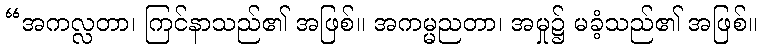
“အကလ္လတာ၊ ကြင်နာသည်၏ အဖြစ်။ အကမ္မညတာ၊ အမှု၌ မခံ့သည်၏ အဖြစ်။